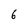
Character: 6